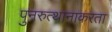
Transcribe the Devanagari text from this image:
पुनरुत्थानाकरता